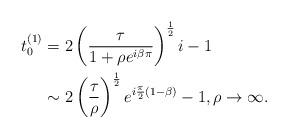
LaTeX: \begin{align*}t_0^{(1)} &= 2 \left( \frac{\tau}{1+\rho e^{i \beta \pi}} \right) ^{\frac{1}{2}} i -1 \\&\sim 2 \left( \frac{\tau}{\rho} \right) ^{\frac{1}{2}} e^{i \frac{\pi}{2} (1- \beta)} -1, \rho \rightarrow \infty. \end{align*}